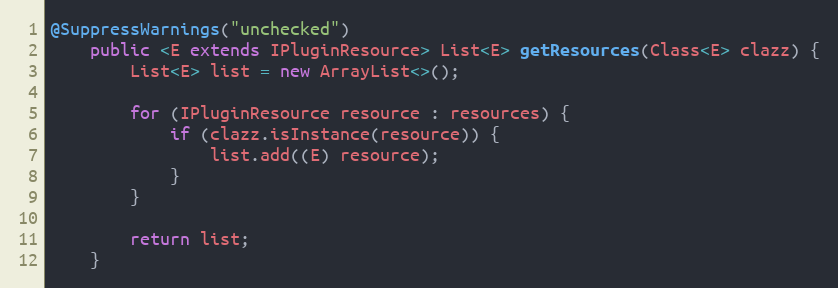
Language: Java
@SuppressWarnings("unchecked")
    public <E extends IPluginResource> List<E> getResources(Class<E> clazz) {
        List<E> list = new ArrayList<>();

        for (IPluginResource resource : resources) {
            if (clazz.isInstance(resource)) {
                list.add((E) resource);
            }
        }

        return list;
    }